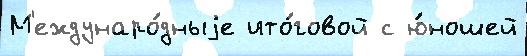
М'еждунаро́дныjе ито́говой с ю́ношей